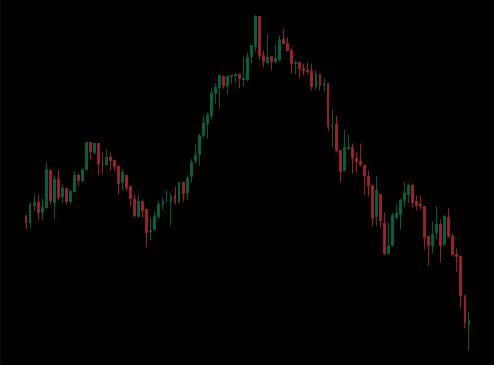
Pattern: head_shoulders